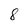
Character: 8